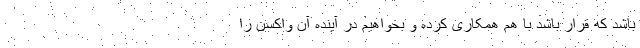
باشد که قرار باشد با هم همکاری کرده و بخواهیم در آینده آن واکسن را